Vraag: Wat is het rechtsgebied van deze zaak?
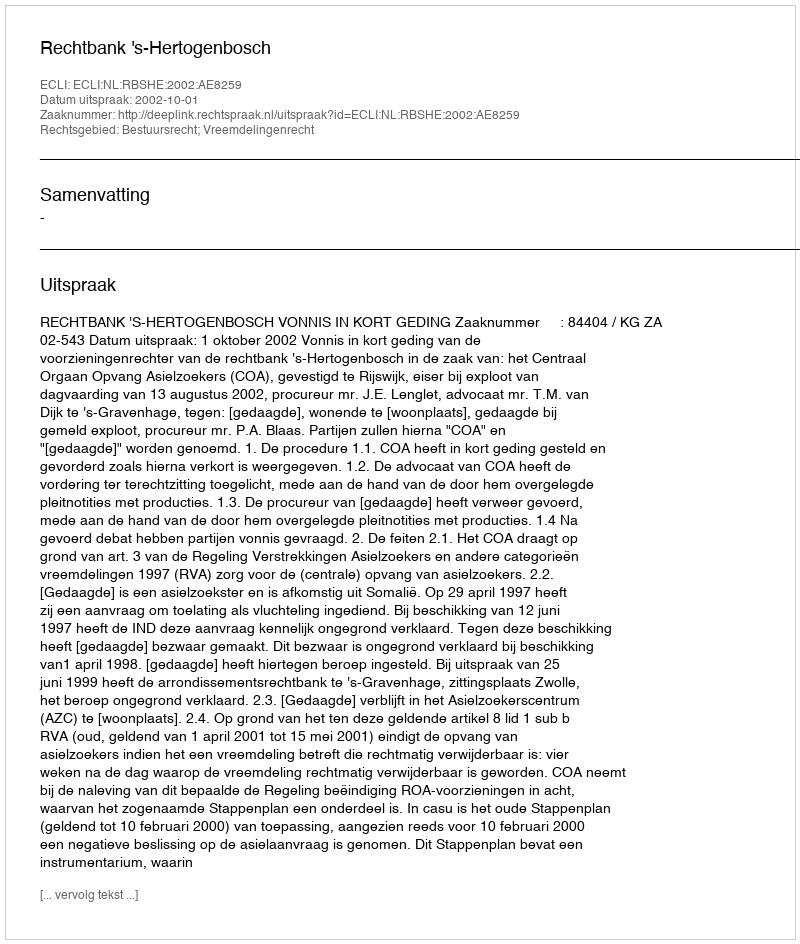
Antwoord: Bestuursrecht; Vreemdelingenrecht